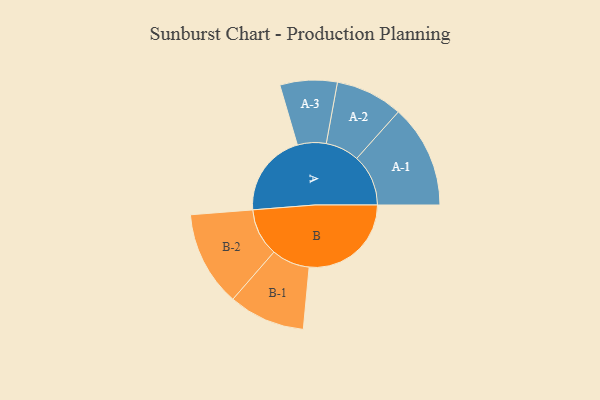
{"axis": {"x": "Segment", "y": "Value"}, "legend": ["", "A", "B"], "data": [{"x": "A", "y": 313, "type": ""}, {"x": "B", "y": 382, "type": ""}, {"x": "A-1", "y": 193, "type": "A"}, {"x": "A-2", "y": 126, "type": "A"}, {"x": "A-3", "y": 107, "type": "A"}, {"x": "B-1", "y": 143, "type": "B"}, {"x": "B-2", "y": 178, "type": "B"}]}